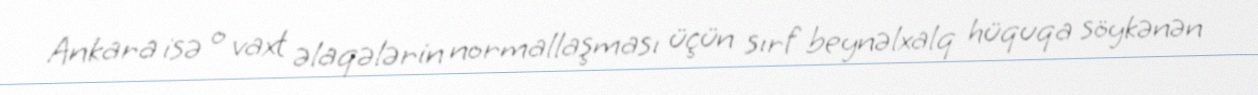
Ankara isə o vaxt əlaqələrin normallaşması üçün sırf beynəlxalq hüquqa söykənən